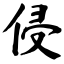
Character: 侵